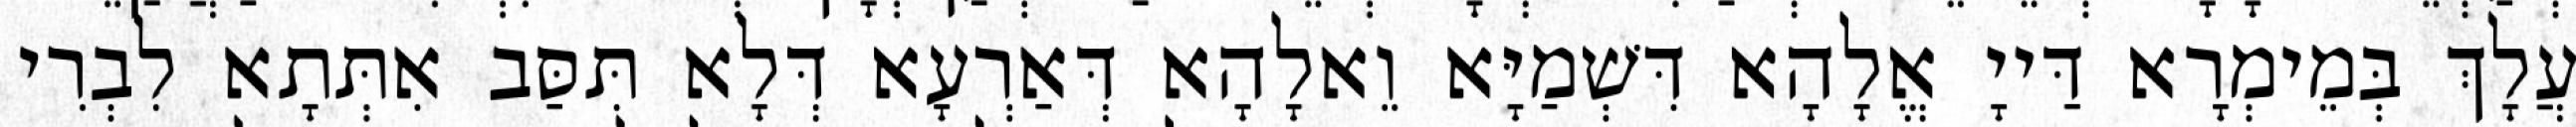
עֲלָךְ בְּמֵימְרָא דַּייָ אֱלָהָא דִּשְׁמַיָּא וֵאלָהָא דְּאַרְעָא דְּלָא תִּסַּב אִתְּתָא לִבְרִי